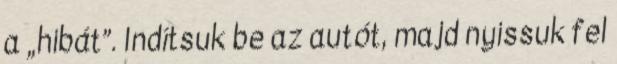
a „hibát”. Indítsuk be az autót, majd nyissuk fel